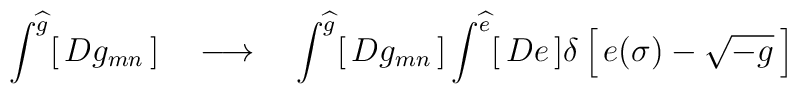
\int^{\widehat g} [\, Dg_{mn}\,]\quad \longrightarrow \quad\int^{\widehat g} [\, Dg_{mn}\,]\int^{\widehat e} [\, De\,]\delta\left[\, e(\sigma) -\sqrt{-g}\,\right]